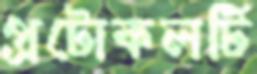
প্রটোকলটি